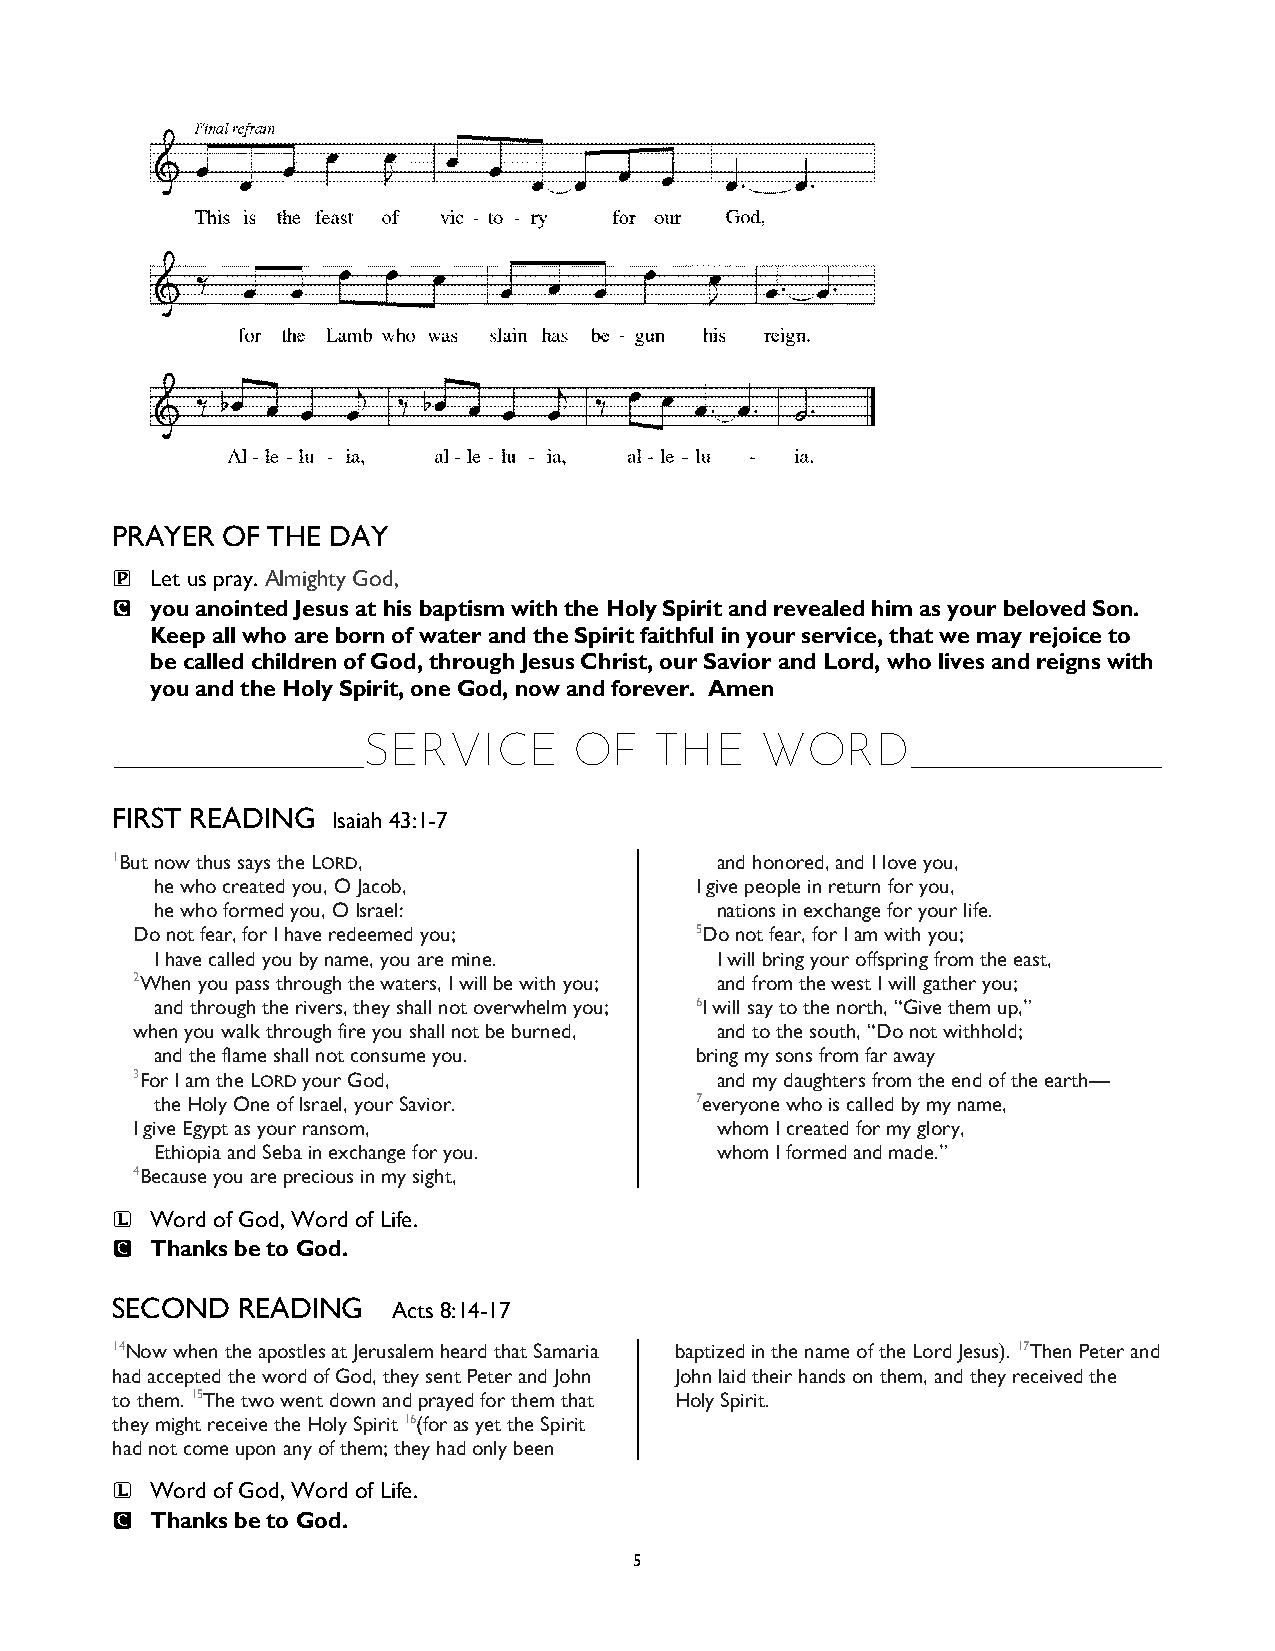
PRAYER  OF THE DAY
 P  Let us pray. Almighty God,
 C  you anointed Jesus at his baptism with the Holy Spirit and revealed him as your beloved Son.
 Keep all who are born of water and the Spirit faithful in your service, that we may rejoice to
 be called children of God, through Jesus Christ, our Savior and Lord, who lives and reigns with
 you and the Holy Spirit, one God, now and forever. Amen
 SERVICE       OF   THE    WORD
 ____________________                                ____________________
 FIRST READING  Isaiah 43:1-7
 1But now thus says the LORD,            and honored, and I love you,
 he who created you, O Jacob,        I give people in return for you,
 he who formed you, O Israel:         nations in exchange for your life.
 Do not fear, for I have redeemed you; 5Do not fear, for I am with you;
 I have called you by name, you are mine. I will bring your offspring from the east,
 2When you pass through the waters, I will be with you; and from the west I will gather you;
 and through the rivers, they shall not overwhelm you; 6I will say to the north, “Give them up,”
 when you walk through fire you shall not be burned, and to the south, “Do not withhold;
 and the flame shall not consume you. bring my sons from far away
 3For I am the LORD your God,          and my daughters from the end of the earth—
 the Holy One of Israel, your Savior. 7everyone who is called by my name,
 I give Egypt as your ransom,          whom I created for my glory,
 Ethiopia and Seba in exchange for you. whom I formed and made.”
 4Because you are precious in my sight,
 L  Word of God, Word of Life.
 C  Thanks be to God.
 SECOND   READING   Acts 8:14-17
 14Now when the apostles at Jerusalem heard that Samaria baptized in the name of the Lord Jesus). 17Then Peter and
 had accepted the word of God, they sent Peter and John John laid their hands on them, and they received the
 to them. 15The two went down and prayed for them that Holy Spirit.
 they might receive the Holy Spirit 16(for as yet the Spirit
 had not come upon any of them; they had only been
 L  Word of God, Word of Life.
 C  Thanks be to God.
 5